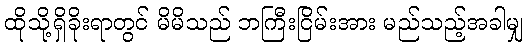
ထိုသို့ရှိခိုးရာတွင် မိမိသည် ဘကြီးငြိမ်းအား မည်သည့်အခါမျှ